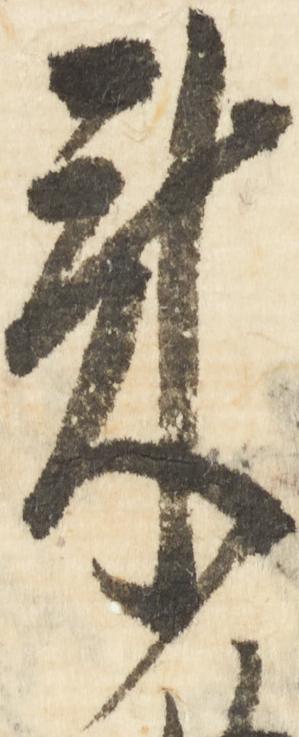
来